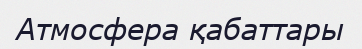
Атмосфера қабаттары